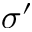
\sigma ^ { \prime }